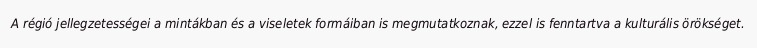
A régió jellegzetességei a mintákban és a viseletek formáiban is megmutatkoznak, ezzel is fenntartva a kulturális örökséget.